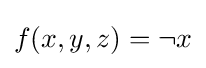
f(x,y,z)=\lnot x